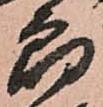
郎